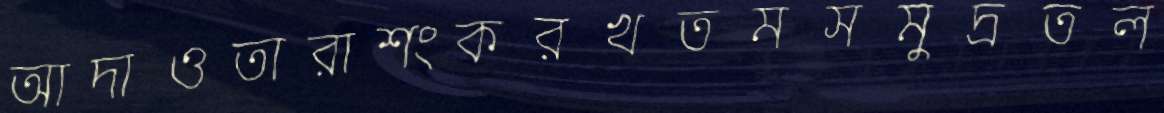
আদাওতারাশংকরখতমসমুদ্রতল